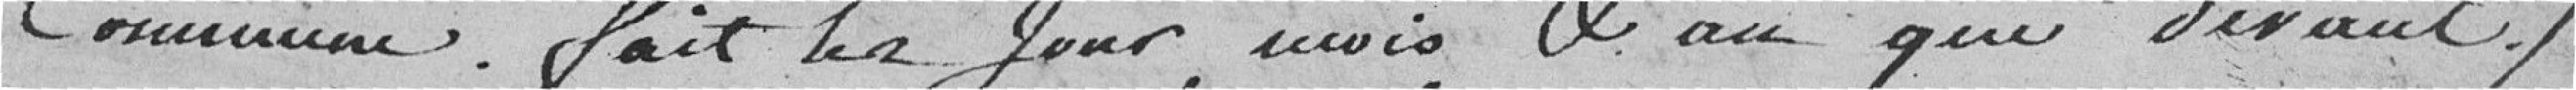
Commune.  fait les Jours, mois, &an que devant